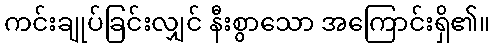
ကင်းချုပ်ခြင်းလျှင် နီးစွာသော အကြောင်းရှိ၏။